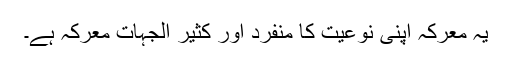
یہ معرکہ اپنی نوعیت کا منفرد اور کثیر الجہات معرکہ ہے۔